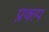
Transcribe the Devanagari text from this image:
प्रक्ल्प